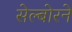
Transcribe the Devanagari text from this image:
सेल्बोरने